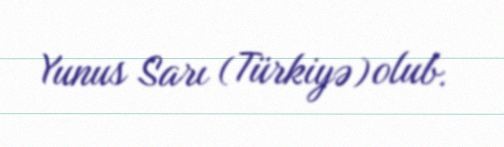
Yunus Sarı (Türkiyə) olub.